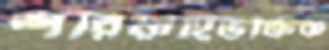
শরিয়াহিভক্তিক